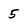
Character: 5